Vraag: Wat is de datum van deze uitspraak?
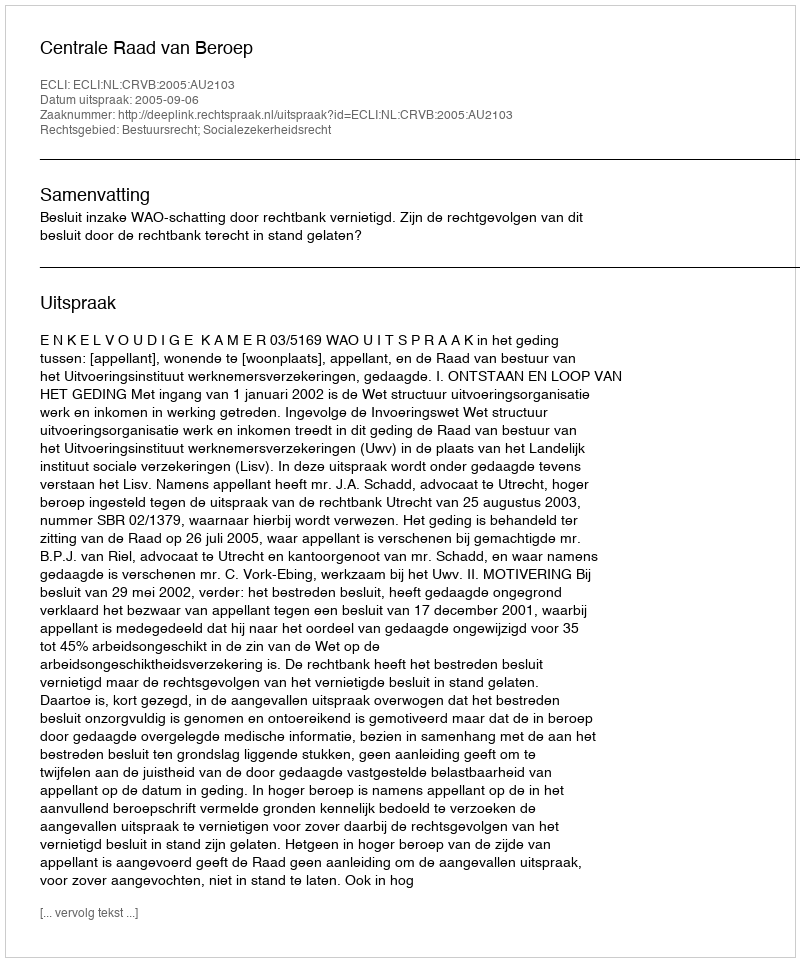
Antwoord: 2005-09-06